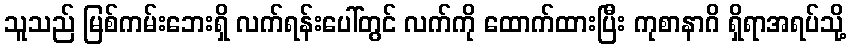
သူသည် မြစ်ကမ်းဘေးရှိ လက်ရန်းပေါ်တွင် လက်ကို ထောက်ထားပြီး ကုစာနာဂိ ရှိရာအရပ်သို့